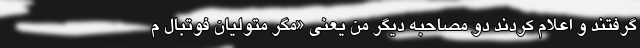
گرفتند و اعلام کردند دو مصاحبه دیگر من یعنی «مگر متولیان فوتبال م